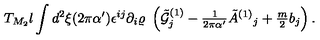
T _ { M _ { 2 } } l \int d ^ { 2 } \xi ( 2 \pi \alpha ^ { \prime } ) \epsilon ^ { i j } \partial _ { i } \varrho \ \left( { \tilde { \cal G } } _ { j } ^ { ( 1 ) } - { \textstyle \frac { 1 } { 2 \pi \alpha ^ { \prime } } } { \tilde { A } } ^ { ( 1 ) } { } _ { j } + { \textstyle \frac { m } { 2 } } b _ { j } \right) .